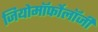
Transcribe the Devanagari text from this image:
जियोमॉर्फोलॉजी